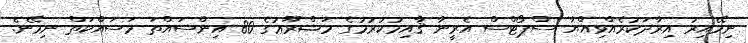
ނިމޭއިރު އިރާދަކުރެއްވިއްޔާ ސްޕޯޓްސް އެރީނާ ޤާއިމުކުރުމުގެ މަޝްރޫޢުގެ 80 އިންސައްތަ މަސައްކަތް ނިމޭނެ.